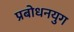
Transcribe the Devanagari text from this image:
प्रबोधनयुग